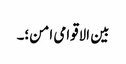
بین الاقوامی امن؛۔